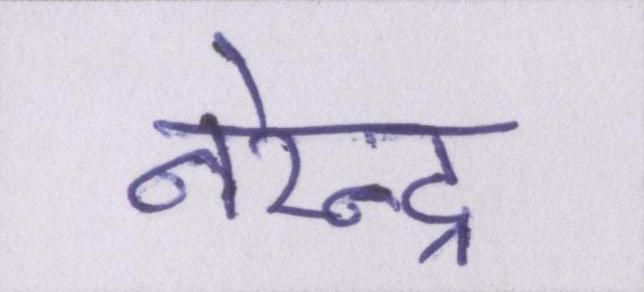
नरेन्द्र